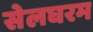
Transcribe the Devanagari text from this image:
सेलघरम